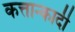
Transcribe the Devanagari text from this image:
कत्तान्कादी